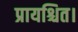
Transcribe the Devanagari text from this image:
प्रायश्चित।